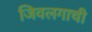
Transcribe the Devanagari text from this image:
जिवलगाची